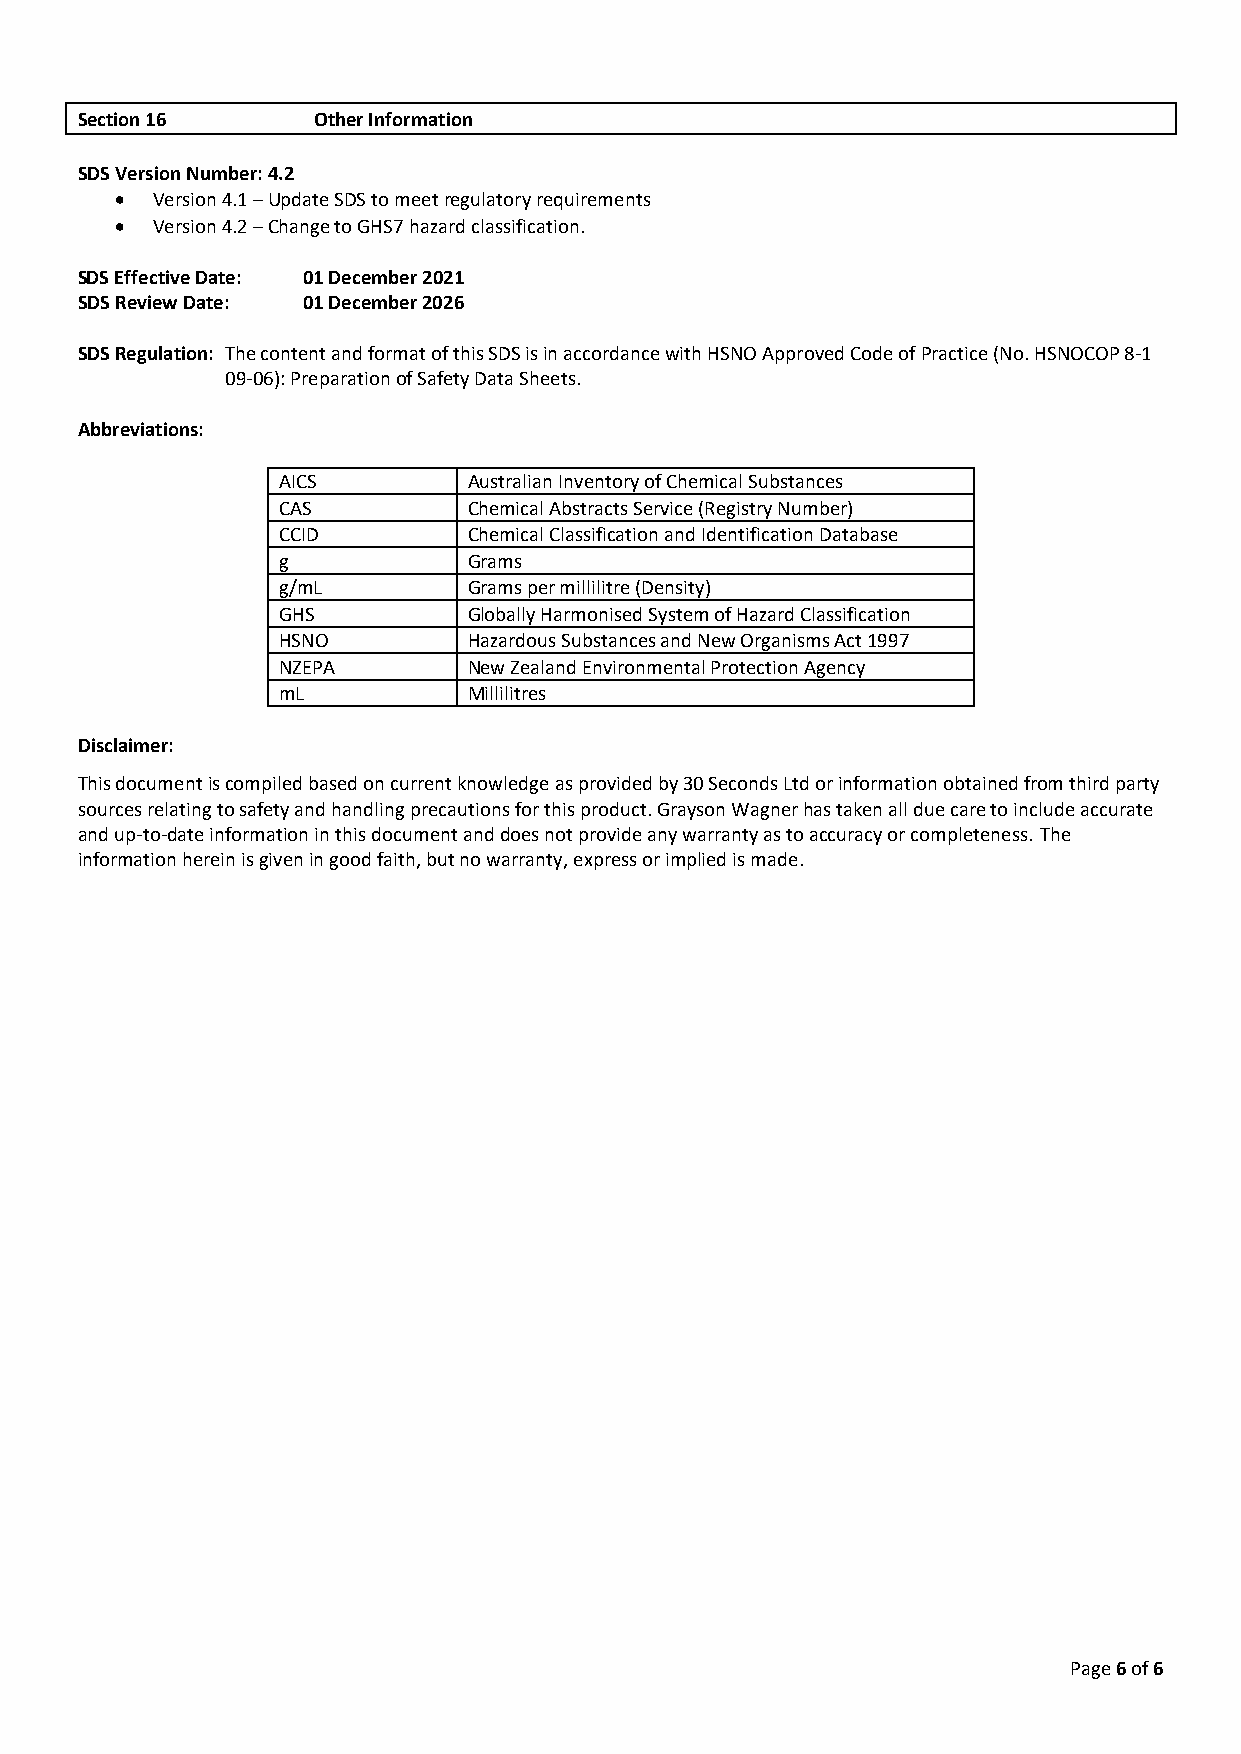
Section 16      Other Information
 SDS Version Number: 4.2
 • Version 4.1 – Update SDS to meet regulatory requirements
 • Version 4.2 – Change to GHS7 hazard classification.
 SDS Effective Date: 01 December 2021
 SDS Review Date: 01 December 2026
 SDS Regulation: The content and format of this SDS is in accordance with HSNO Approved Code of Practice (No. HSNOCOP 8-1
 09-06): Preparation of Safety Data Sheets.
 Abbreviations:
 AICS         Australian Inventory of Chemical Substances
 CAS          Chemical Abstracts Service (Registry Number)
 CCID         Chemical Classification and Identification Database
 g            Grams
 g/mL         Grams per millilitre (Density)
 GHS          Globally Harmonised System of Hazard Classification
 HSNO         Hazardous Substances and New Organisms Act 1997
 NZEPA        New Zealand Environmental Protection Agency
 mL           Millilitres
 Disclaimer:
 This document is compiled based on current knowledge as provided by 30 Seconds Ltd or information obtained from third party
 sources relating to safety and handling precautions for this product. Grayson Wagner has taken all due care to include accurate
 and up-to-date information in this document and does not provide any warranty as to accuracy or completeness. The
 information herein is given in good faith, but no warranty, express or implied is made.
 Page 6 of 6